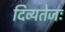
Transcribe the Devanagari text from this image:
दिव्यतेजः